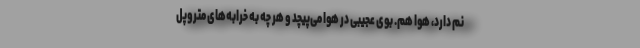
نم دارد، هوا هم. بوی عجیبی در هوا می‌پیچد و هر چه به خرابه‌های متروپل